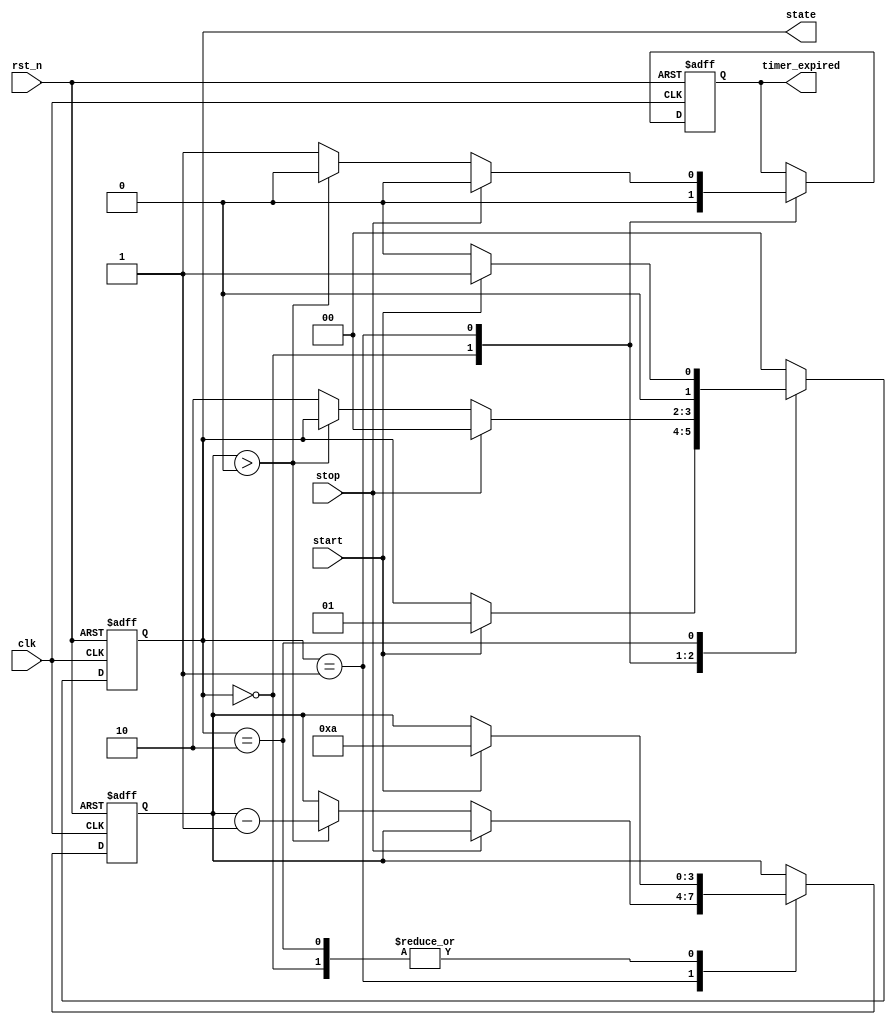
module TimerBasedMealyFSM (
    input wire clk,          // Clock signal
    input wire rst_n,       // Active low reset
    input wire start,       // Input signal to start the timer
    input wire stop,        // Input signal to stop the timer
    output reg timer_expired,// Output signal indicating timer expiration
    output reg [1:0] state  // Current state output
);

// State encoding
localparam IDLE    = 2'b00;
localparam ACTIVE  = 2'b01;
localparam TIMEOUT = 2'b10;

// Timer parameters
reg [3:0] timer;           // 4-bit timer for counting down
localparam TIMER_MAX = 4'd10; // Timer max value (for example)

// State transition logic
always @(posedge clk or negedge rst_n) begin
    if (!rst_n) begin
        state <= IDLE;
        timer <= 0;
        timer_expired <= 0;
    end else begin
        case (state)
            IDLE: begin
                timer_expired <= 0;
                if (start) begin
                    state <= ACTIVE;
                    timer <= TIMER_MAX; // Load timer with max value
                end
            end
            
            ACTIVE: begin
                timer_expired <= 0;
                if (stop) begin
                    state <= IDLE; // Transition back to IDLE on stop
                end else begin
                    if (timer > 0) begin
                        timer <= timer - 1; // Decrement timer
                    end else begin
                        state <= TIMEOUT; // Transition to TIMEOUT
                        timer_expired <= 1; // Set timer expired output
                    end
                end
            end
            
            TIMEOUT: begin
                // Handle timeout state, can transition back to IDLE or ACTIVE based on conditions
                if (start) begin
                    state <= ACTIVE; // Restart on start
                    timer <= TIMER_MAX; // Reset timer
                end else begin
                    state <= IDLE; // Transition back to IDLE on no start
                end
            end
            
            default: state <= IDLE; // Default to IDLE state
        endcase
    end
end

endmodule